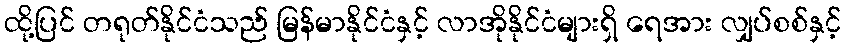
ထို့ပြင် တရုတ်နိုင်ငံသည် မြန်မာနိုင်ငံနှင့် လာအိုနိုင်ငံများရှိ ရေအား လျှပ်စစ်နှင့်